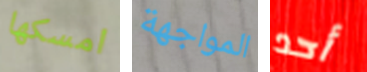
امسكها المواجهة أحد